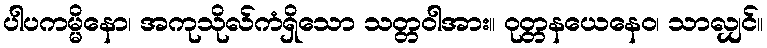
ပါပကမ္မိနော၊ အကုသိုလ်ကံရှိသော သတ္တဝါအား။ ဝုတ္တနယေနေဝ၊ သာလျှင်။